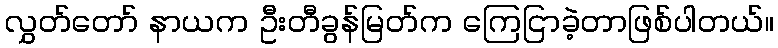
လွှတ်တော် နာယက ဦးတီခွန်မြတ်က ကြေငြာခဲ့တာဖြစ်ပါတယ်။